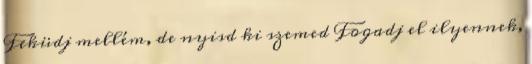
Feküdj mellém, de nyisd ki szemed Fogadj el ilyennek,